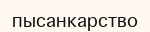
пысанкарство